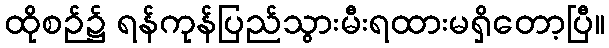
ထိုစဉ်၌ ရန်ကုန်ပြည်သွားမီးရထားမရှိတော့ပြီ။